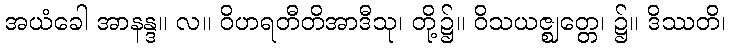
အယံခေါ အာနန္ဒ။ လ။ ဝိဟရတီတိအာဒီသု၊ တို့၌။ ဝိသယဇ္ဈတ္တေ၊ ၌။ ဒိဿတိ၊